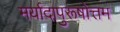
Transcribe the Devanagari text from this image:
मर्यादापुरूषोत्तम